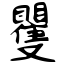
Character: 矍